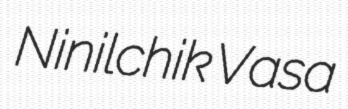
Ninilchik Vasa